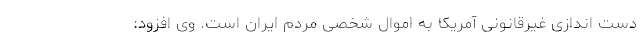
دست اندازی غیرقانونی آمریکا به اموال شخصی مردم ایران است. وی افزود: